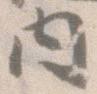
内